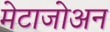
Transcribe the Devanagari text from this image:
मेटाजोअन